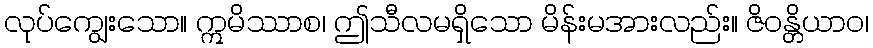
လုပ်ကျွေးသော။ ဣမိဿာစ၊ ဤသီလမရှိသော မိန်းမအားလည်း။ ဇိဝန္တိယာဝ၊